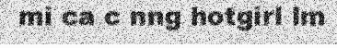
mi ca c nng hotgirl lm